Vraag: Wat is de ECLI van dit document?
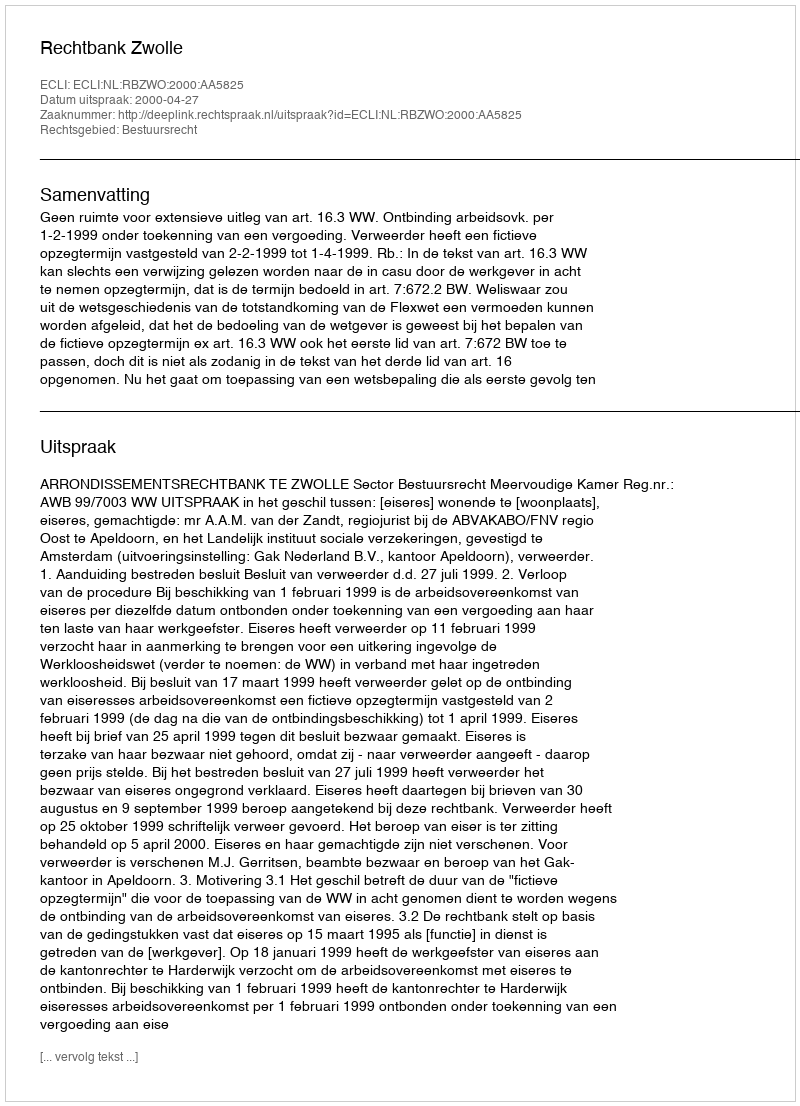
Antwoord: ECLI:NL:RBZWO:2000:AA5825